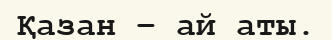
Қазан – ай аты.